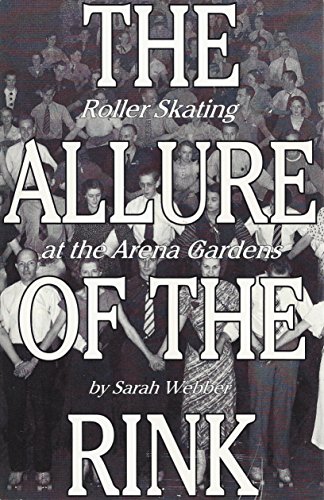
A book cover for The Allure of the Rink: Roller Skating at the Arena Gardens; Sarah Webber; Sports & Outdoors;